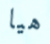
هيا